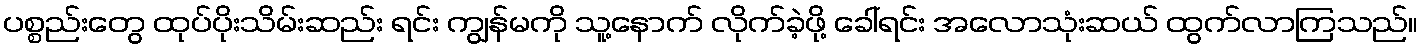
ပစ္စည်းတွေ ထုပ်ပိုးသိမ်းဆည်း ရင်း ကျွန်မကို သူ့နောက် လိုက်ခဲ့ဖို့ ခေါ်ရင်း အလောသုံးဆယ် ထွက်လာကြသည်။